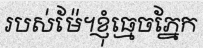
របស់ម៉ែ។ខ្ញុំធ្មេចភ្នែក